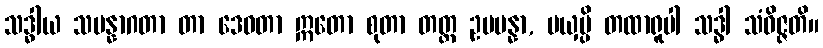
သဒ္ဓါယ သမန္နာဂတာ တာ ဒေဝတာ ဣတော စုတာ တတ္ထ ဥပပန္နာ, မယှမ္ပိ တထာရူပါ သဒ္ဓါ သံဝိဇ္ဇတိ။